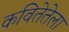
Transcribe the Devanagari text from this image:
कवितेतेला